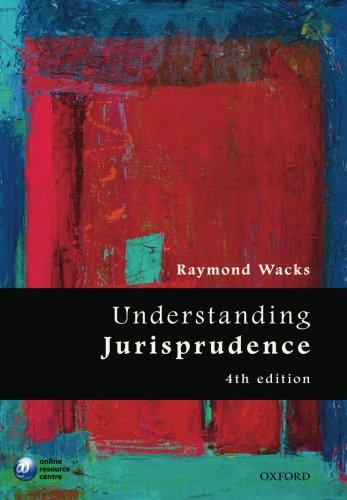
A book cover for Understanding Jurisprudence; Raymond Wacks; Law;